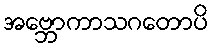
အဗ္ဘောကာသဂတောပိ